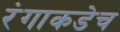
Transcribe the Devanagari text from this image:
रंगाकडेच